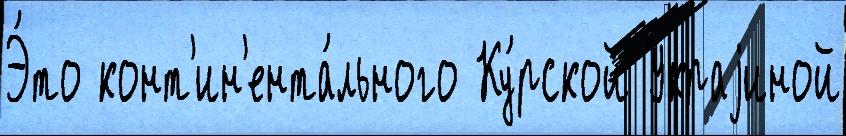
Э́то конт'ин'ента́льного Ку́рской Украjиной